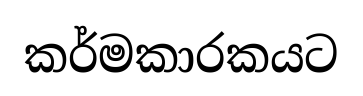
කර්මකාරකයට